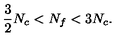
\frac { 3 } { 2 } N _ { c } < N _ { f } < 3 N _ { c } .